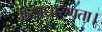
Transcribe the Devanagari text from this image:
असाधारणता।